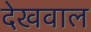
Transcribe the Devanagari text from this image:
देखवाल